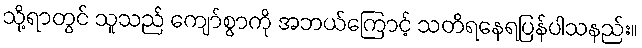
သို့ရာတွင် သူသည် ကျော်စွာကို အဘယ်ကြောင့် သတိရနေရပြန်ပါသနည်း။